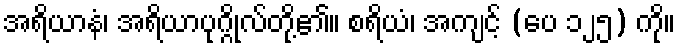
အရိယာနံ၊ အရိယာပုဂ္ဂိုလ်တို့၏။ စရိယံ၊ အကျင့် (ပေ ၁၂၅) ကို။